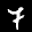
Label: 7